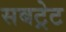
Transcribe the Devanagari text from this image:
सबट्रेट